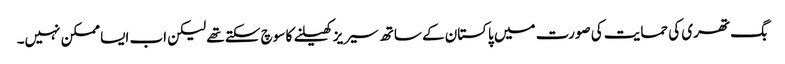
بگ تھری کی حمایت کی صورت میں پاکستان کے ساتھ سیریز کھیلنے کا سوچ سکتے تھے لیکن اب ایسا ممکن نہیں۔